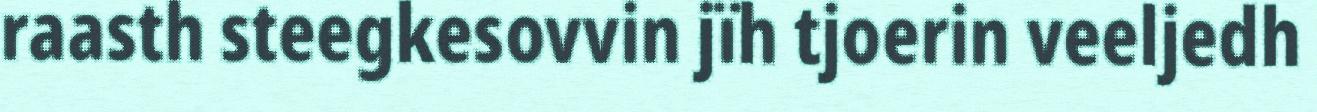
raasth steegkesovvin jïh tjoerin veeljedh